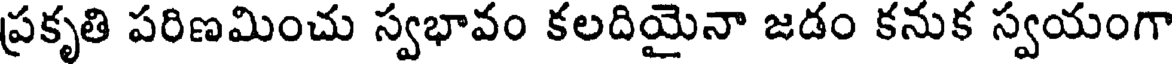
ప్రకృతి పరిణమించు స్వభావం కలదియైనా జడం కనుక స్వయంగా